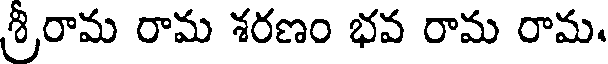
శ్రీరామ రామ శరణం భవ రామ రామ.